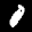
Label: 0